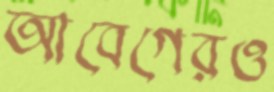
আবেগেরও